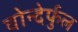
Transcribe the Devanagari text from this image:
वोन्देर्फुल